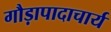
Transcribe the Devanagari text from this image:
गौड़ापादाचार्य